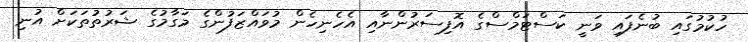
ހުކުމުގައި ބުނެފައި ވަނީ ކަސްޓަމްސްގެ އޮފިސަރުންނާއި އެހެނިހެން މުވައްޒަފުންގެ މަގާމުގެ ޝަރުތުތަކަށް އުނި